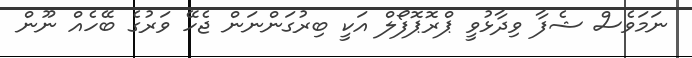
ނަމަވެސް ޝެފާ ވިދާޅުވީ ޕްރޮޕޮފޯލް އަކީ ބިރުގަންނަން ޖެހޭ ވަރުގެ ބޭހެއް ނޫން